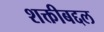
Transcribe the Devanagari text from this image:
शक्तीबद्दल